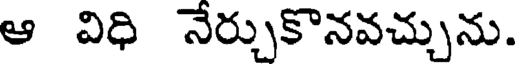
ఆ విధి నేర్చుకొనవచ్చును.